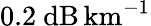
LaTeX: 0.2~\mathrm{dB}\, \mathrm{km}^{-1}